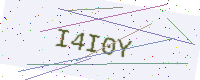
Text: I4I0Y